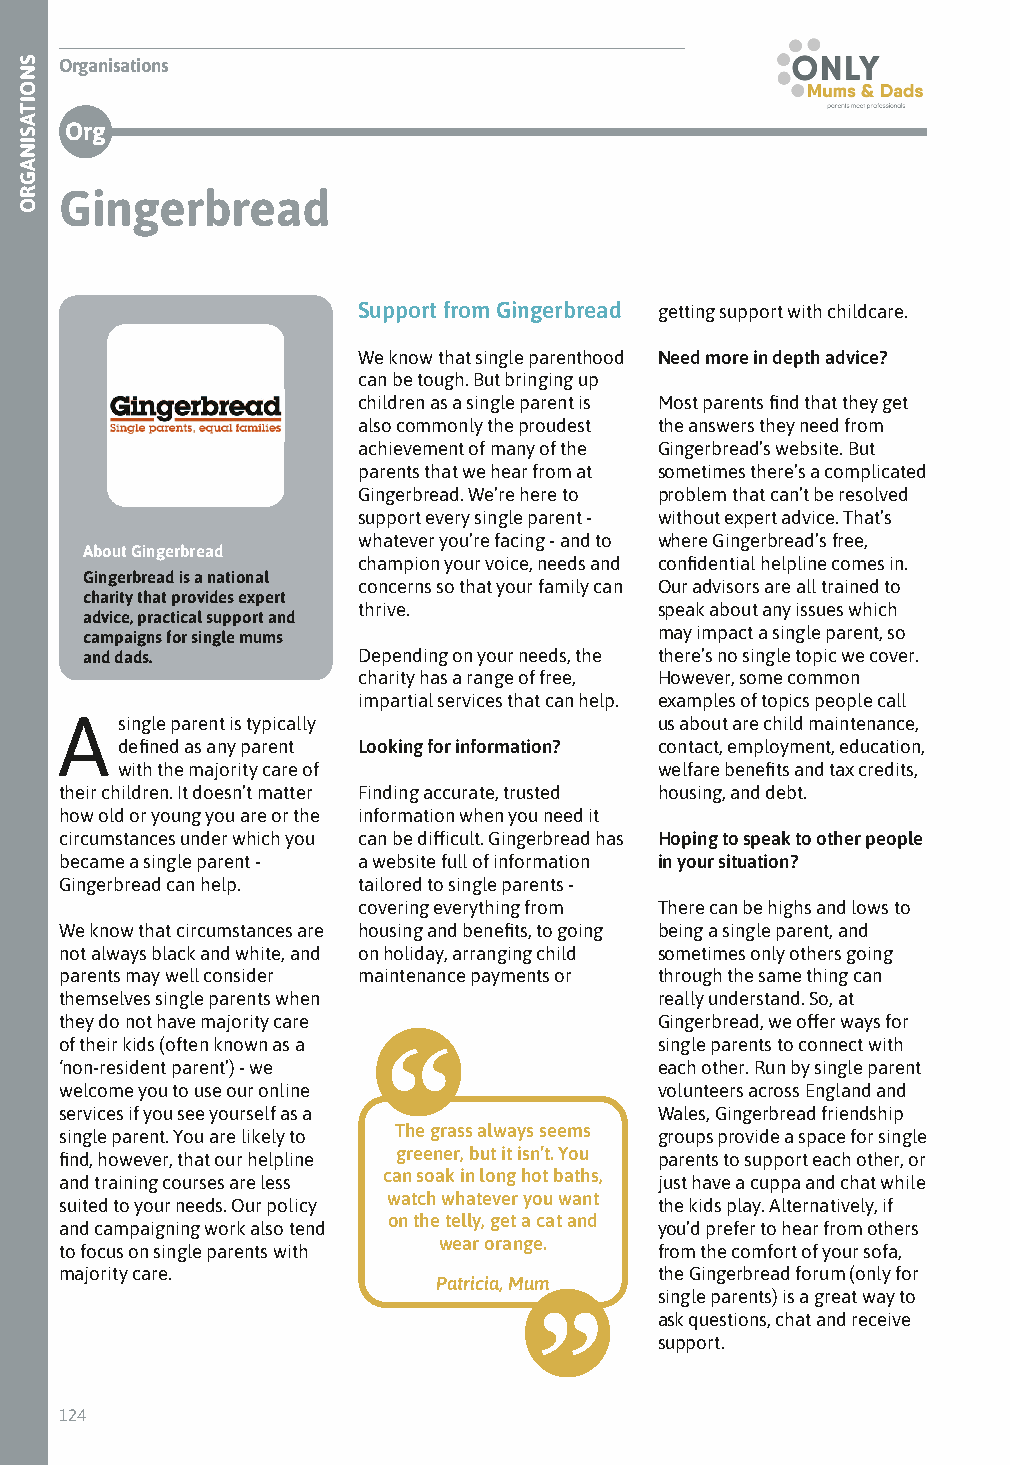
Organisations
 Org
 Gingerbread
 Support from Gingerbread getting support with childcare.
 We know that single parenthood Need more in depth advice?
 can be tough. But bringing up
 children as a single parent is Most parents find that they get
 also commonly the proudest the answers they need from
 achievement of many of the Gingerbread’s website. But
 parents that we hear from at sometimes there’s a complicated
 Gingerbread. We’re here to problem that can’t be resolved
 support every single parent - without expert advice. That’s
 whatever you’re facing - and to where Gingerbread’s free,
 About Gingerbread
 champion your voice, needs and confidential helpline comes in.
 Gingerbread is a national
 concerns so that your family can Our advisors are all trained to
 charity that provides expert
 thrive.             speak about any issues which
 advice, practical support and
 may impact a single parent, so
 campaigns for single mums
 and dads.          Depending on your needs, the there’s no single topic we cover.
 charity has a range of free, However, some common
 impartial services that can help. examples of topics people call
 A   single parent is typically          us about are child maintenance,
 defined as any parent Looking for information? contact, employment, education,
 with the majority care of           welfare benefits and tax credits,
 their children. It doesn’t matter Finding accurate, trusted housing, and debt.
 how old or young you are or the information when you need it
 circumstances under which you can be difficult. Gingerbread has Hoping to speak to other people
 became a single parent - a website full of information in your situation?
 Gingerbread can help. tailored to single parents -
 covering everything from There can be highs and lows to
 We know that circumstances are housing and benefits, to going being a single parent, and
 not always black and white, and on holiday, arranging child sometimes only others going
 parents may well consider maintenance payments or through the same thing can
 themselves single parents when          really understand. So, at
 they do not have majority care          Gingerbread, we offer ways for
 of their kids (often known as a         single parents to connect with
 ‘non-resident parent’) - we             each other. Run by single parent
 welcome you to use our online           volunteers across England and
 services if you see yourself as a       Wales, Gingerbread friendship
 single parent. You are likely to The grass always seems groups provide a space for single
 find, however, that our helpline greener, but it isn’t. You parents to support each other, or
 and training courses are less can soak in long hot baths, just have a cuppa and chat while
 watch whatever you want
 suited to your needs. Our policy        the kids play. Alternatively, if
 on the telly, get a cat and
 and campaigning work also tend          you’d prefer to hear from others
 wear orange.
 to focus on single parents with         from the comfort of your sofa,
 majority care.                          the Gingerbread forum (only for
 Patricia, Mum
 single parents) is a great way to
 ask questions, chat and receive
 support.
 124
 SNOITASINAGRO